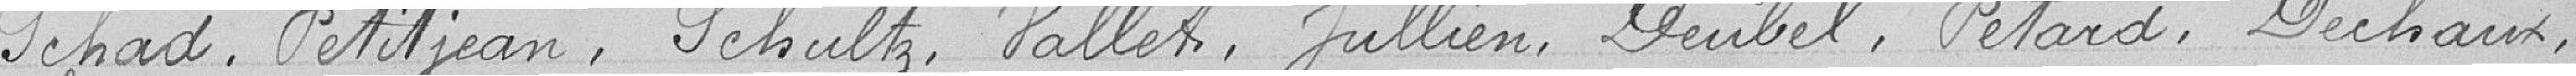
Scha, Petitjean, Schultz, Vallet, Jullien, Deubel, Pétard, Dechaux,